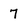
Character: 7